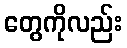
တွေကိုလည်း